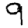
Digit: 9